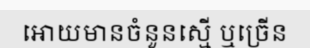
អោយមានចំនួនស្មើ ឬច្រើន